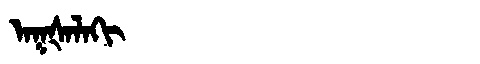
Manchu: ᠠᡴᡧᠠᠯᠠᡴᡳ
Romanization: AKŠALAKI